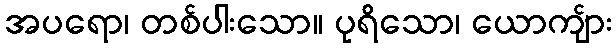
အပရော၊ တစ်ပါးသော။ ပုရိသော၊ ယောကျ်ား